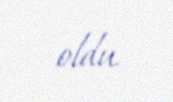
oldu.